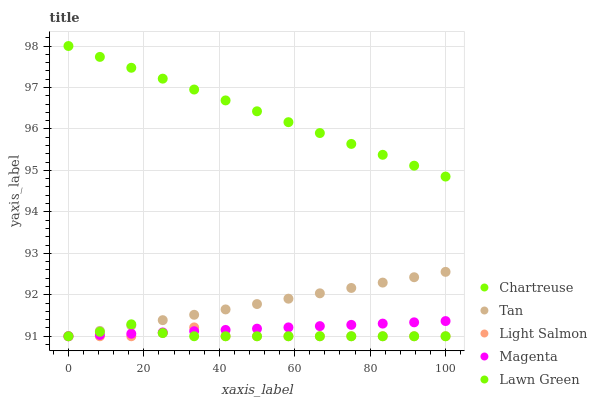
| xaxis_label | Chartreuse | Tan | Light Salmon | Magenta | Lawn Green |
 | --- | --- | --- | --- | --- | --- |
 | 0 | 98 | 91 | 91 | 91 | 91 |
 | 8.33 | 97.7 | 91.1 | 91 | 91 | 91.1 |
 | 16.7 | 97.5 | 91.3 | 91 | 91.1 | 91.3 |
 | 25 | 97.2 | 91.4 | 91.1 | 91.1 | 91.1 |
 | 33.3 | 97 | 91.5 | 91.2 | 91.1 | 91 |
 | 41.7 | 96.7 | 91.6 | 91 | 91.2 | 91 |
 | 50 | 96.4 | 91.8 | 91 | 91.2 | 91 |
 | 58.3 | 96.2 | 91.9 | 91 | 91.2 | 91 |
 | 66.7 | 95.9 | 92 | 91 | 91.2 | 91 |
 | 75 | 95.6 | 92.2 | 91 | 91.3 | 91 |
 | 83.3 | 95.4 | 92.3 | 91 | 91.3 | 91 |
 | 91.7 | 95.1 | 92.4 | 91 | 91.3 | 91 |
 | 100 | 94.9 | 92.6 | 91 | 91.4 | 91 |